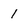
Character: 1